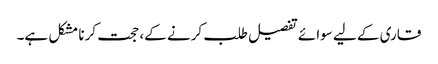
قاری کے لیے سوائے تفصیل طلب کرنے کے، حجت کرنا مشکل ہے۔